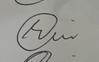
Signature authenticity: genuine